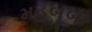
મહબૂબા